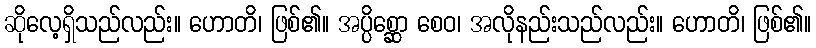
ဆိုလေ့ရှိသည်လည်း။ ဟောတိ၊ ဖြစ်၏။ အပ္ပိစ္ဆော စေဝ၊ အလိုနည်းသည်လည်း။ ဟောတိ၊ ဖြစ်၏။